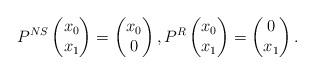
LaTeX: \begin{align*} P^{NS}\begin{pmatrix}x_0\\x_1\end{pmatrix} =\begin{pmatrix}x_0\\0\end{pmatrix} , P^{R}\begin{pmatrix}x_0\\x_1\end{pmatrix} =\begin{pmatrix}0\\x_1\end{pmatrix} .\end{align*}